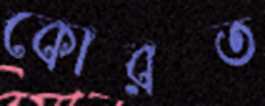
কোরত